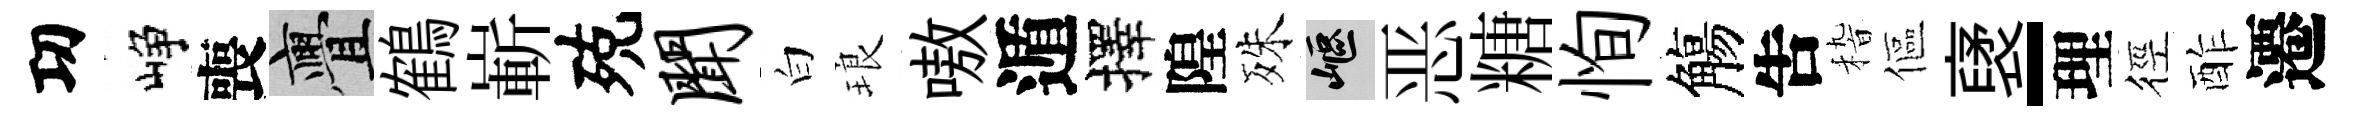
㓛峥喪亹鶴嶄殑闻白琅嗷遁擇隍殊嶇恶糖恂觴吿𥟵傴裦-理徑酢遷